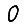
Digit: 0